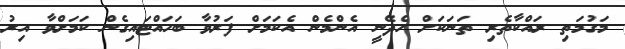
މަގުމަތި ރައްކާތެރި ތަނަކަށް ހެދޭނީ އެންމެން އެކަމަށް ފަރުވާ ބަހައްޓައިގެން ކަމަށްވާ އިރު